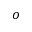
o